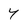
Character: Y